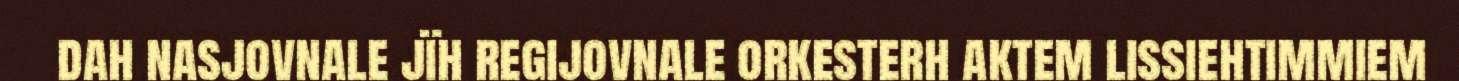
dah nasjovnale jïh regijovnale orkesterh aktem lissiehtimmiem